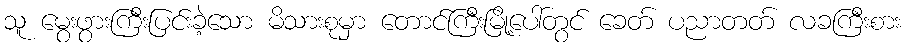
သူ မွေးဖွားကြီးပြင်းခဲ့သော မိသားစုမှာ တောင်ကြီးမြို့ပေါ်တွင် ခေတ် ပညာတတ် လခကြီးစား